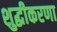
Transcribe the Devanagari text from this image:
शुद्धीकरणा